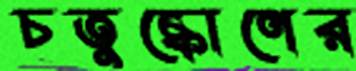
চতুষ্কোণের